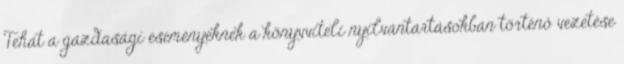
Tehát a gazdasági eseményeknek a könyvviteli nyilvántartásokban történő vezetése